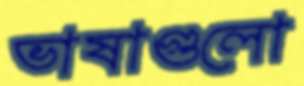
ভাষাগুলো